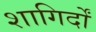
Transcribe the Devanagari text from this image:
शागिर्दों